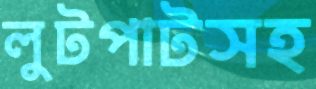
লুটপাটসহ